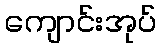
ကျောင်းအုပ်